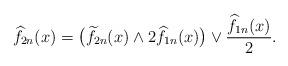
LaTeX: \begin{align*}\widehat{f}_{2n}(x)= \big( \widetilde{f}_{2n}(x) \wedge 2\widehat f_{1n}(x) \big) \vee \frac{\widehat f_{1n}(x)}{2}.\end{align*}